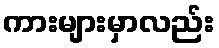
ကားများမှာလည်း